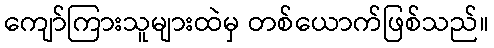
ကျော်ကြားသူများထဲမှ တစ်ယောက်ဖြစ်သည်။